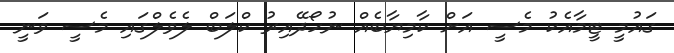
ގައުމީ ޓީމާއެކު މެސީ އަށް ކާމިޔާބެއް ނުހޯދޭއިރު ކްލަބް ލެވެލްގައި މެސީ ވަނީ